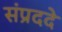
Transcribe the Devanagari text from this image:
संप्रददे